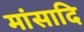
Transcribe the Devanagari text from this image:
मांसादि